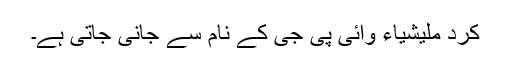
کرد ملیشیاء وائی پی جی کے نام سے جانی جاتی ہے۔